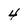
Character: 4